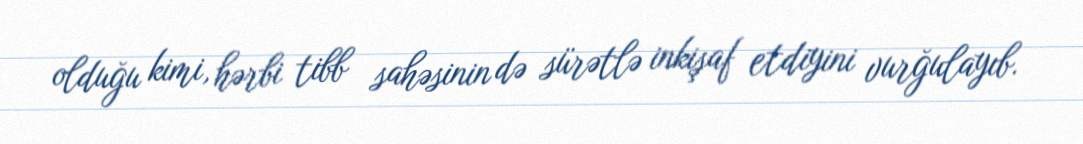
olduğu kimi, hərbi tibb sahəsinin də sürətlə inkişaf etdiyini vurğulayıb.